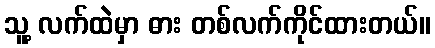
သူ့ လက်ထဲမှာ ဓား တစ်လက်ကိုင်ထားတယ်။